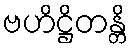
ဗဟိဋ္ဌိတန္တိ